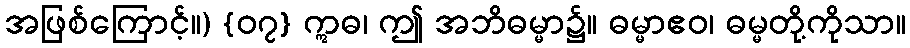
အဖြစ်ကြောင့်။) {၀၇} ဣဓ၊ ဤ အဘိဓမ္မာ၌။ ဓမ္မာဧဝ၊ ဓမ္မတို့ကိုသာ။